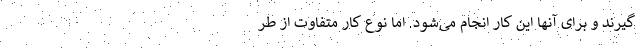
‌گیرند و برای آنها این کار انجام می‌شود. اما نوع کار متفاوت از طر